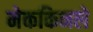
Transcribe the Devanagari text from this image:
मेककिनले